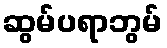
ဆွမ်ပရာဘွမ်